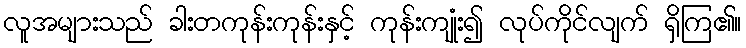
လူအများသည် ခါးတကုန်းကုန်းနှင့် ကုန်းကျုံး၍ လုပ်ကိုင်လျက် ရှိကြ၏။